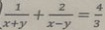
\frac { 1 } { x + y } + \frac { 2 } { x - y } = \frac { 4 } { 3 }